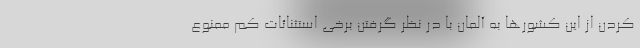
کردن از این کشورها به آلمان با در نظر گرفتن برخی استثنائات کم ممنوع